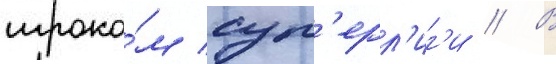
игроко́м суп'ерл'иг'и // В